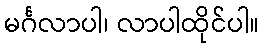
မင်္ဂလာပါ၊ လာပါထိုင်ပါ။